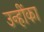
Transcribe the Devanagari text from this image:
उन्हींका